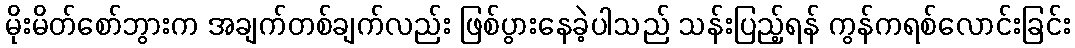
မိုးမိတ်စော်ဘွားက အချက်တစ်ချက်လည်း ဖြစ်ပွားနေခဲ့ပါသည် သန်းပြည့်ရန် ကွန်ကရစ်လောင်းခြင်း